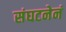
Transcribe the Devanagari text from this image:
संघटनेनं